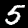
Label: 5